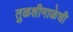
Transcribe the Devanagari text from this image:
तुळशीमाळेची